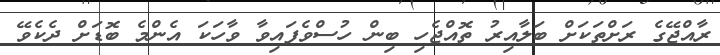
ރާއްޖޭގެ ރަށްތަކަށް ބަލާއިރު ތޮއްޖެހި ބިން ހުސްވެފައިވާ ވާހަކަ އެންމެ ބޮޑަށް ދެކެވޭ